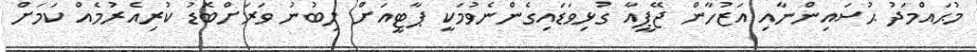
މުޙައްމަދު ޙުސައިންނާއި އަޒުހާން ޖޭޕީއާ ގުޅިވަޑައިގެންނެވުމަކީ ޕާޓީއަށް ލިބުނު ވަރަށްބޮޑު ކުރިއެރުމެއް ކަމަށް